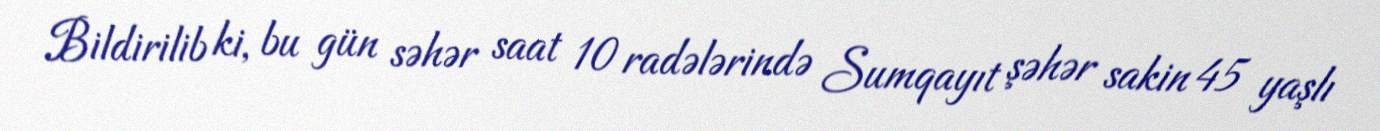
Bildirilib ki, bu gün səhər saat 10 radələrində Sumqayıt şəhər sakin 45 yaşlı